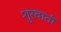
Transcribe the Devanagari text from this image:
शुरवाती